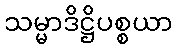
သမ္မာဒိဋ္ဌိပစ္စယာ